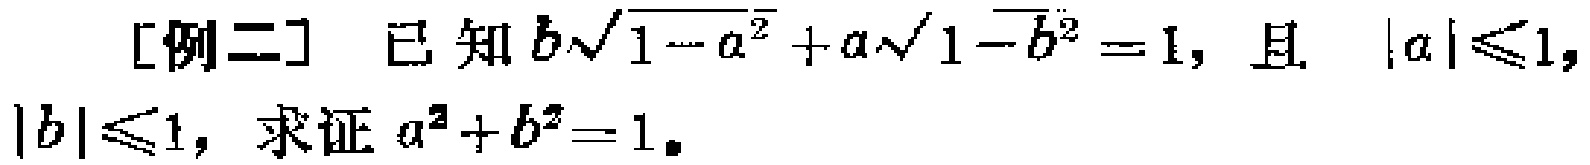
[例二] 已知\(b\sqrt{1 - a^{2}}+a\sqrt{1 - b^{2}} = 1\)，且\(\vert a\vert\leqslant1\)，\(\vert b\vert\leqslant1\)，求证\(a^{2}+b^{2}=1\)。